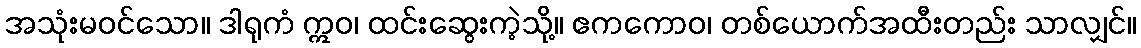
အသုံးမဝင်သော။ ဒါရုကံ ဣဝ၊ ထင်းဆွေးကဲ့သို့။ ဧကကောဝ၊ တစ်ယောက်အထီးတည်း သာလျှင်။